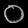
Digit: ၀